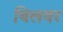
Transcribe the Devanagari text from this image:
बिलवर